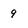
Character: 9